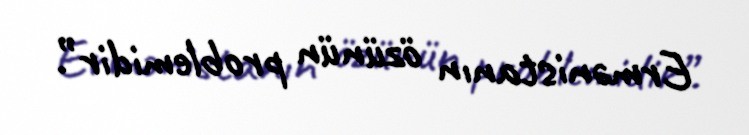
Ermənistanın özünün problemidir”.